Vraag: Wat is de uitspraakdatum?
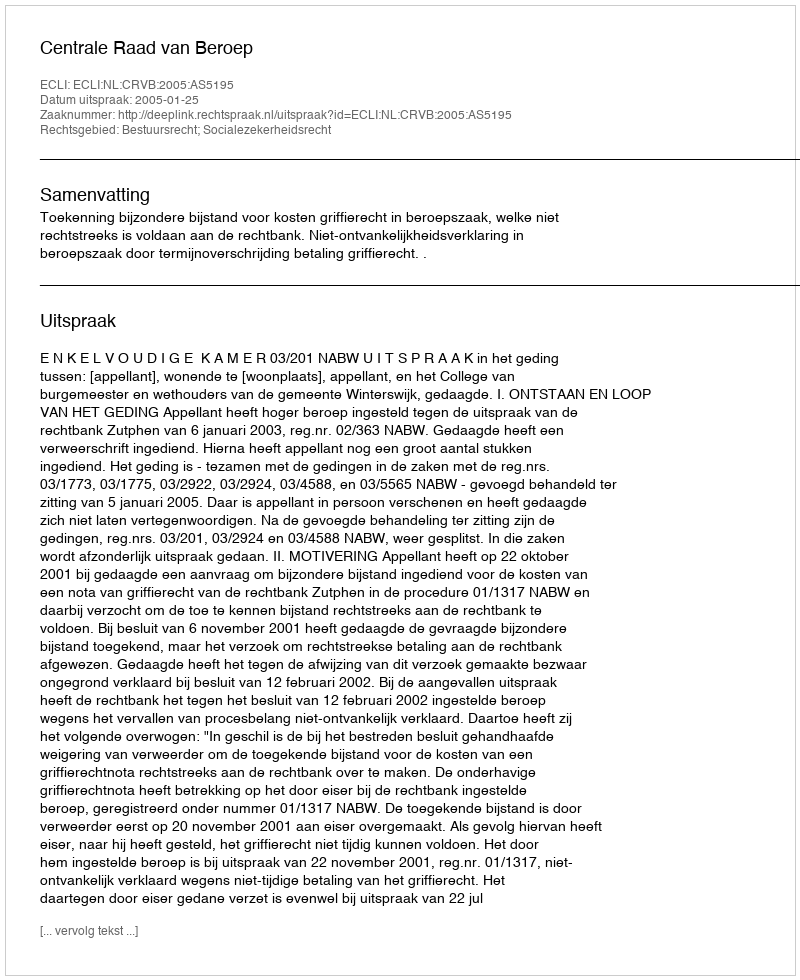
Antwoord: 2005-01-25